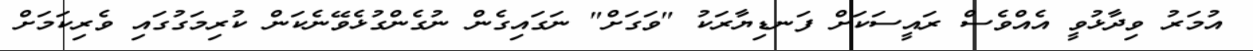
އުމަރު ވިދާޅުވީ އެއްވެސް ރައީސަކަށް ފަނޑިޔާރަކު "ވަގަށް" ނަގައިގެން ނުގެންގުޅެވޭނެކަން ކުރިމަގުގައި ވެރިކަމަށް